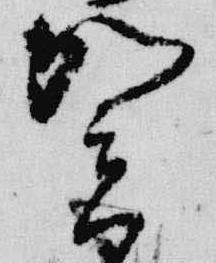
賀